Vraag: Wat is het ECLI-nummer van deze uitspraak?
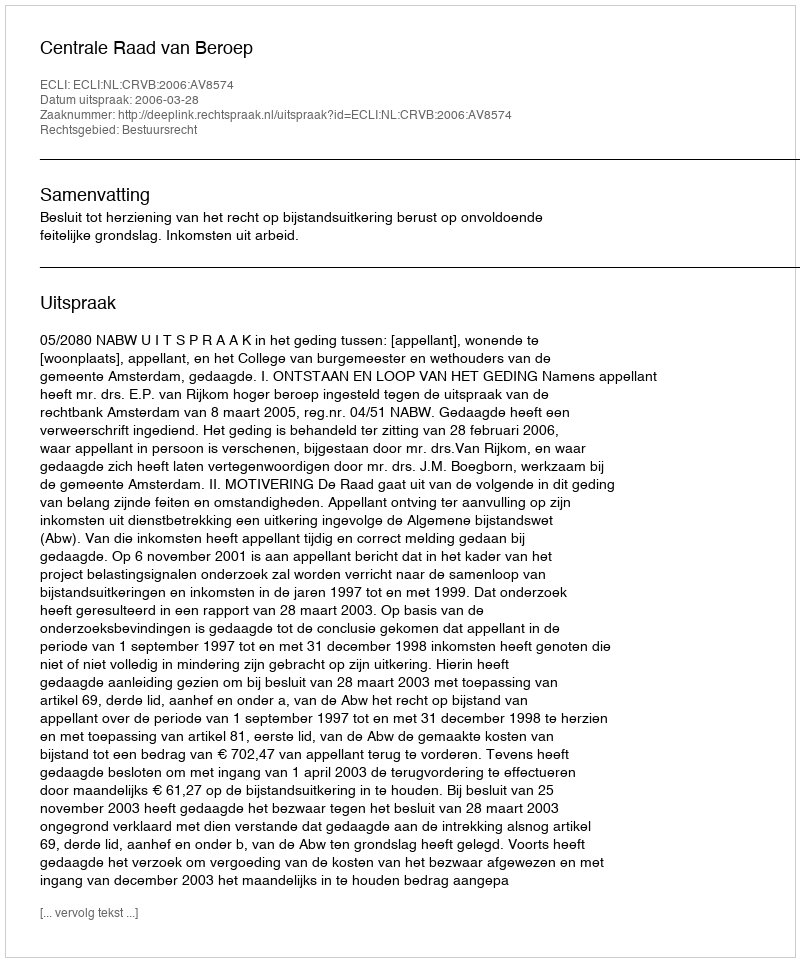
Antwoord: ECLI:NL:CRVB:2006:AV8574